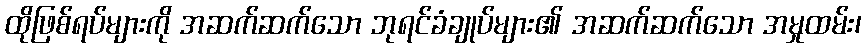
ထိုဖြစ်ရပ်များကို အဆက်ဆက်သော ဘုရင်ခံချုပ်များ၏ အဆက်ဆက်သော အမှုထမ်း၊